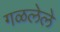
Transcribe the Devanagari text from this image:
गळलेले